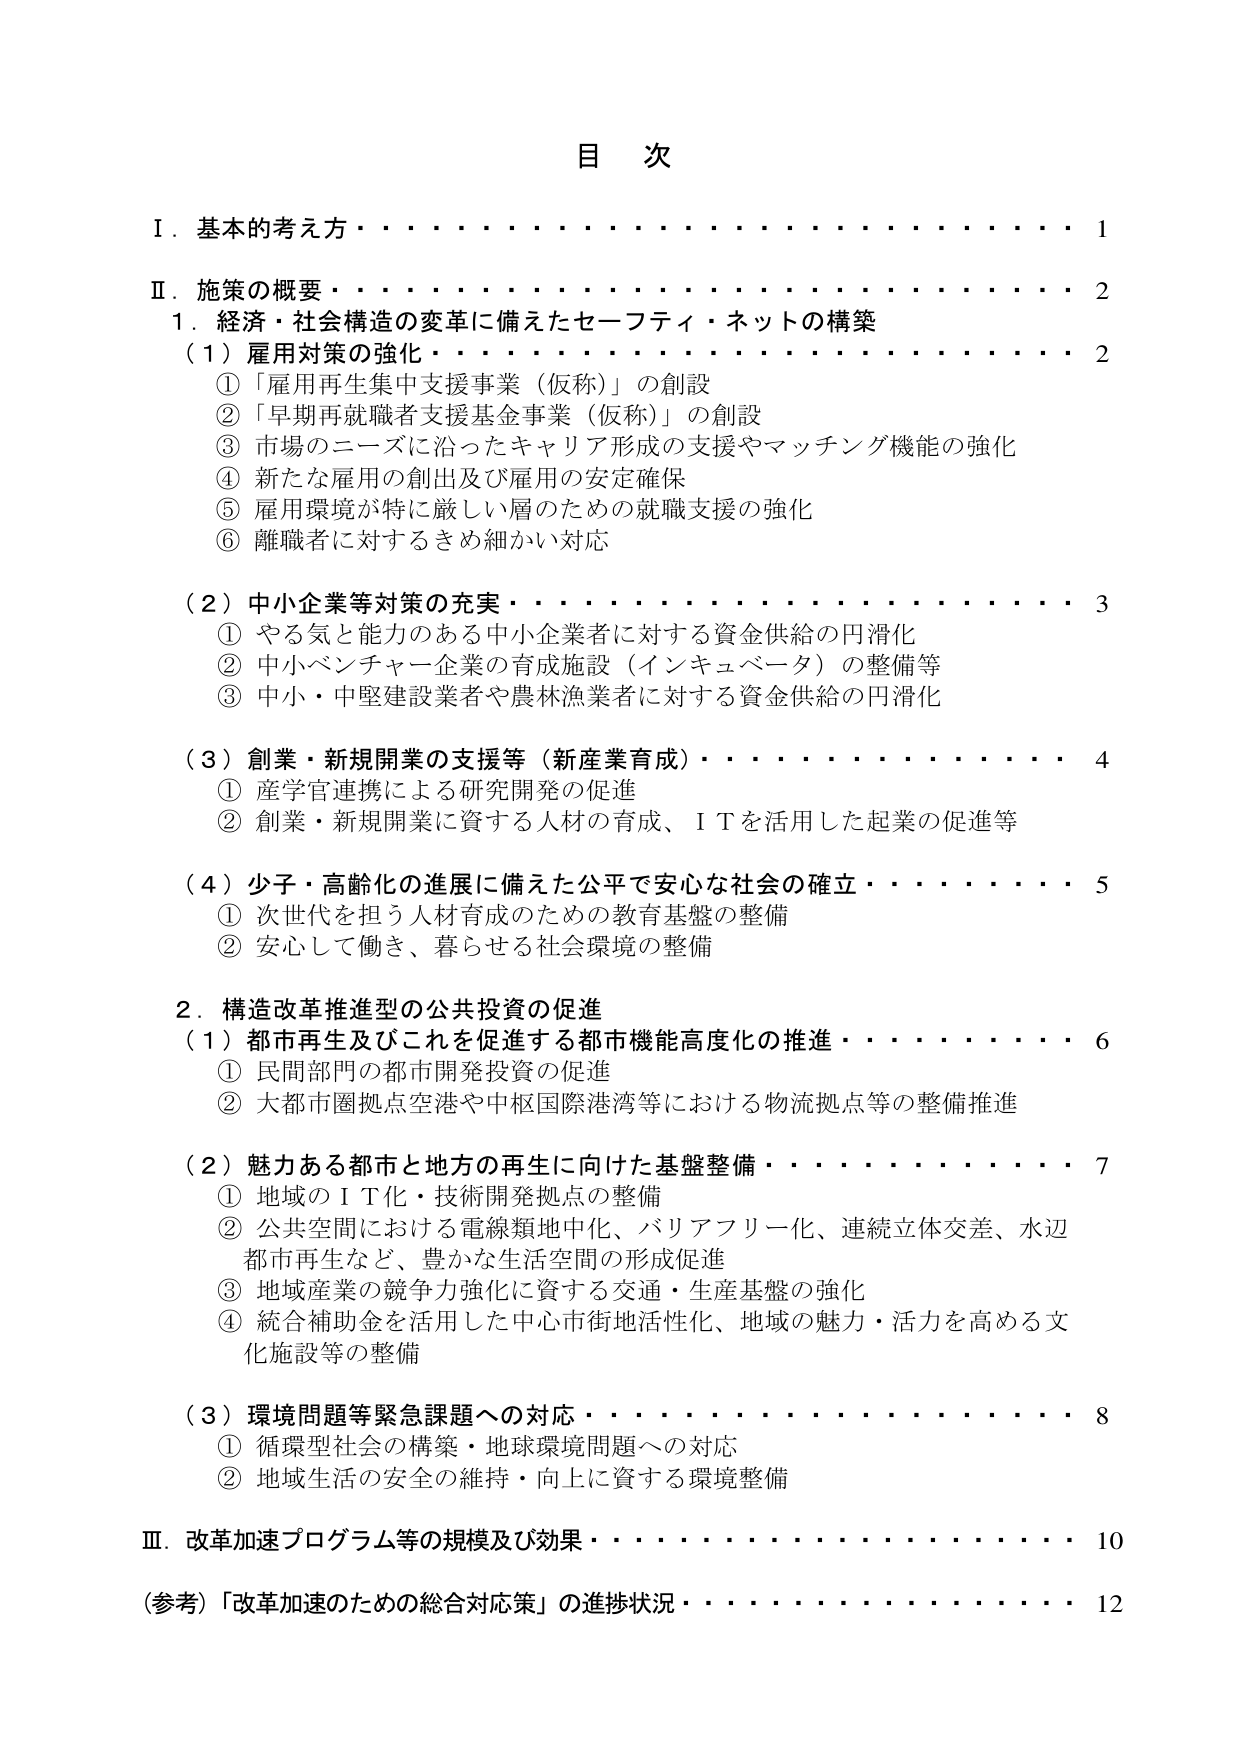
目 次

Ⅰ．基本的考え方・・・・・・・・・・・・・・・・・・・・・・・・・・1

Ⅱ．施策の概要・・・・・・・・・・・・・・・・・・・・・・・・・・・・2
　1．経済・社会構造の変革に備えたセーフティ・ネットの構築
　　（1）雇用対策の強化・・・・・・・・・・・・・・・・・・・・・・・・2
　　　①「雇用再生集中支援事業（仮称）」の創設
　　　②「早期再就職者支援基金事業（仮称）」の創設
　　　③市場のニーズに沿ったキャリア形成の支援やマッチング機能の強化
　　　④新たな雇用の創出及び雇用の安定確保
　　　⑤雇用環境が特に厳しい層のための就職支援の強化
　　　⑥離職者に対するきめ細かい対応

　　（2）中小企業等対策の充実・・・・・・・・・・・・・・・・・・・・3
　　　①やる気と能力のある中小企業者に対する資金供給の円滑化
　　　②中小ベンチャー企業の育成施設（インキュベータ）の整備等
　　　③中小・中堅建設業者や農林漁業者に対する資金供給の円滑化

　　（3）創業・新規開業の支援等（新産業育成）・・・・・・・・・・4
　　　①産学官連携による研究開発の促進
　　　②創業・新規開業に資する人材の育成、ＩＴを活用した起業の促進等

　　（4）少子・高齢化の進展に備えた公平で安心な社会の確立・・・・5
　　　①次世代を担う人材育成のための教育基盤の整備
　　　②安心して働き、暮らせる社会環境の整備

　2．構造改革推進型の公共投資の促進
　　（1）都市再生及びこれを促進する都市機能高度化の推進・・・・6
　　　①民間部門の都市開発投資の促進
　　　②大都市圏拠点空港や中枢国際港湾等における物流拠点等の整備推進

　　（2）魅力ある都市と地方の再生に向けた基盤整備・・・・・・・・7
　　　①地域のＩＴ化・技術開発拠点の整備
　　　②公共空間における電線類地中化、バリアフリー化、連続立体交差、水辺都市再生など、豊かな生活空間の形成促進
　　　③地域産業の競争力強化に資する交通・生産基盤の強化
　　　④統合補助金を活用した中心市街地活性化、地域の魅力・活力を高める文化施設等の整備

　　（3）環境問題等緊急課題への対応・・・・・・・・・・・・・・・・8
　　　①循環型社会の構築・地球環境問題への対応
　　　②地域生活の安全の維持・向上に資する環境整備

Ⅲ．改革加速プログラム等の規模及び効果・・・・・・・・・・・・・・10

（参考）「改革加速のための総合対応策」の進捗状況・・・・・・・・・・12